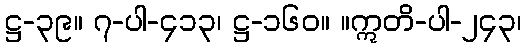
ဋ္ဌ-၃၉။ ၇-ပါ-၄၁၃၊ ဋ္ဌ-၁၆၀။ ။ဣတိ-ပါ-၂၄၃၊